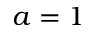
a = 1